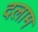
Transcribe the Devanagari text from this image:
दलाम